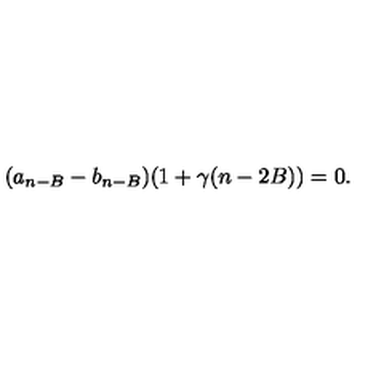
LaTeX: ( a _ { n - B } - b _ { n - B } ) ( 1 + \gamma ( n - 2 B ) ) = 0 .